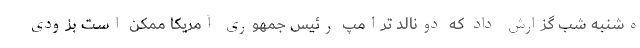
ه‌شنبه شب گزارش داد که دونالد ترامپ رئیس جمهوری آمریکا ممکن است بزودی